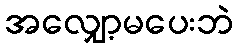
အလျှော့မပေးဘဲ